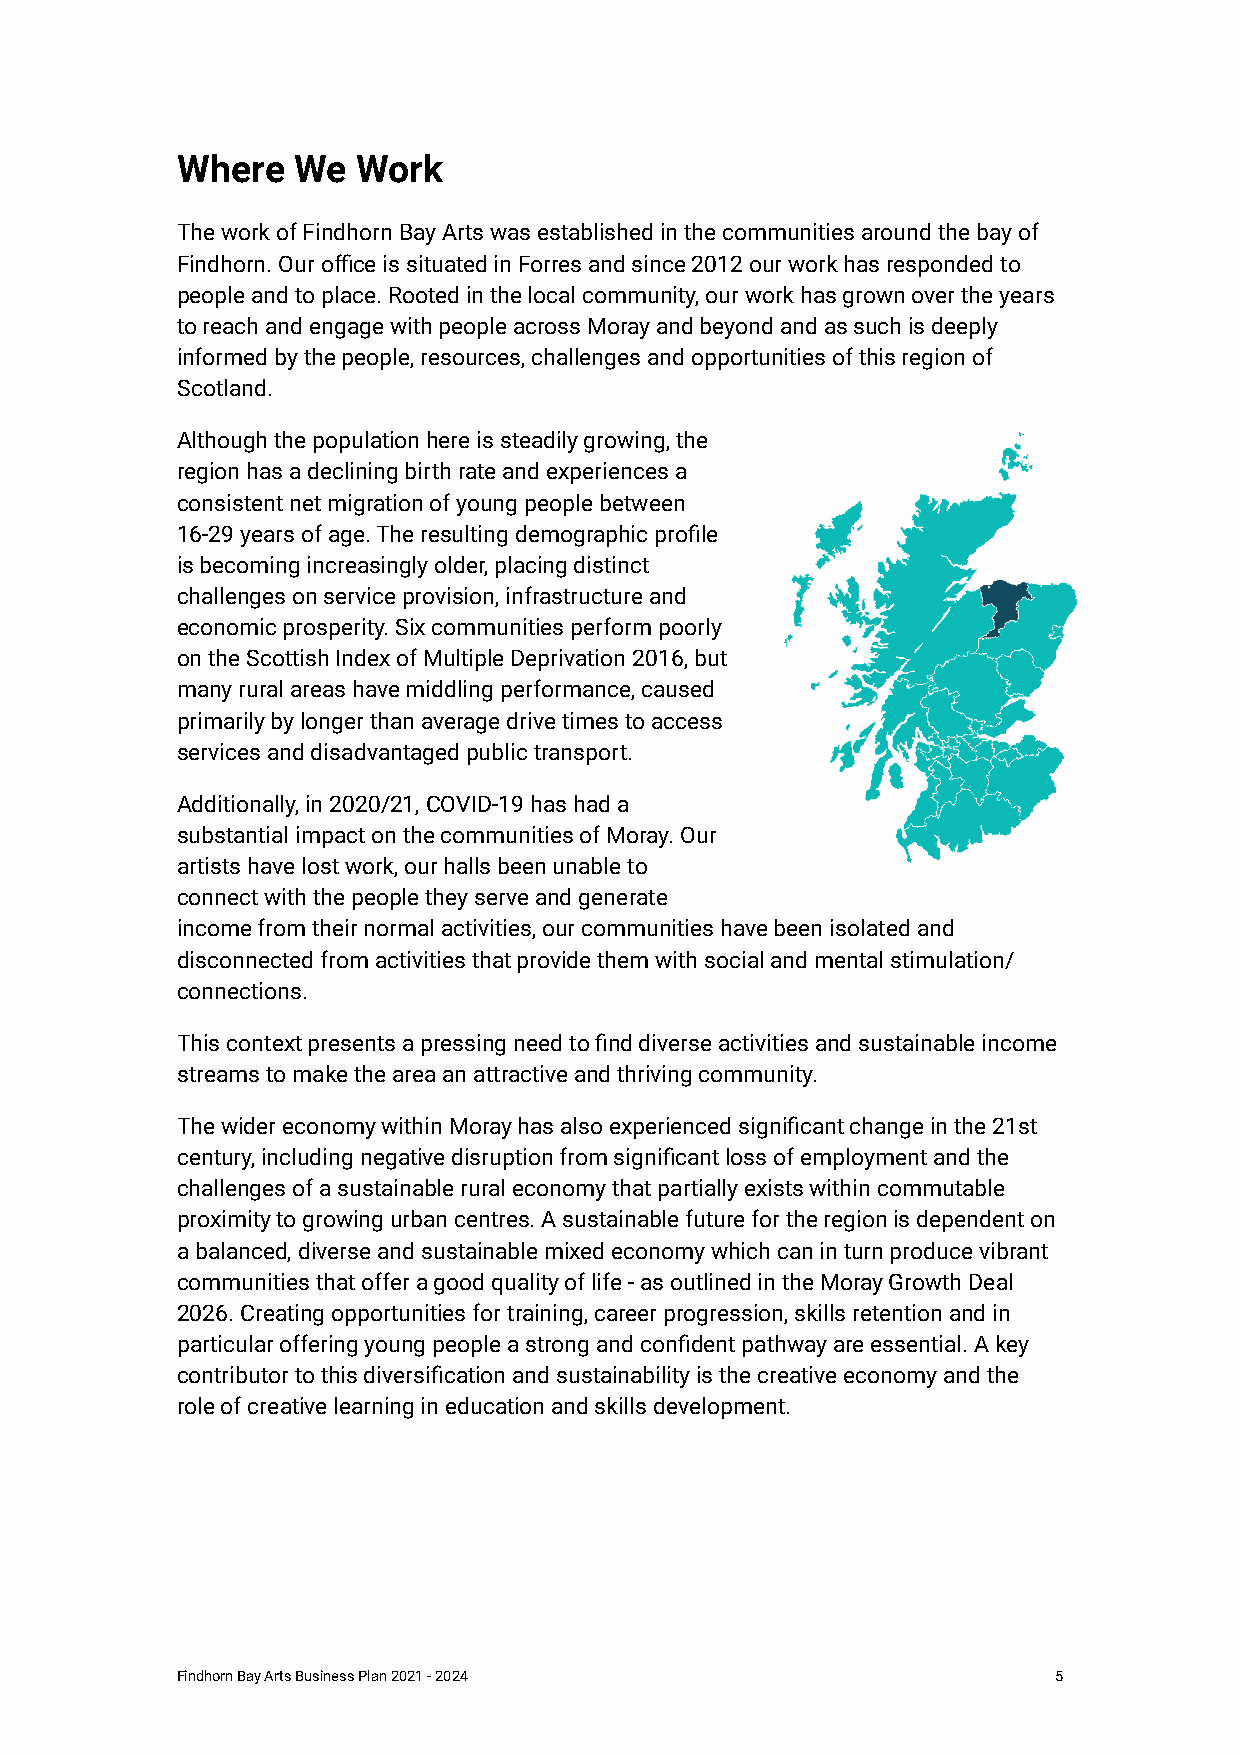
Where  We   Work
 The work of Findhorn Bay Arts was established in the communities around the bay of
 Findhorn. Our office is situated in Forres and since 2012 our work has responded to
 people and to place. Rooted in the local community, our work has grown over the years
 to reach and engage with people across Moray and beyond and as such is deeply
 informed by the people, resources, challenges and opportunities of this region of
 Scotland.
 Although the population here is steadily growing, the
 region has a declining birth rate and experiences a
 consistent net migration of young people between
 16-29 years of age. The resulting demographic profile
 is becoming increasingly older, placing distinct
 challenges on service provision, infrastructure and
 economic prosperity. Six communities perform poorly
 on the Scottish Index of Multiple Deprivation 2016, but
 many rural areas have middling performance, caused
 primarily by longer than average drive times to access
 services and disadvantaged public transport.
 Additionally, in 2020/21, COVID-19 has had a
 substantial impact on the communities of Moray. Our
 artists have lost work, our halls been unable to
 connect with the people they serve and generate
 income from their normal activities, our communities have been isolated and
 disconnected from activities that provide them with social and mental stimulation/
 connections.
 This context presents a pressing need to find diverse activities and sustainable income
 streams to make the area an attractive and thriving community.
 The wider economy within Moray has also experienced significant change in the 21st
 century, including negative disruption from significant loss of employment and the
 challenges of a sustainable rural economy that partially exists within commutable
 proximity to growing urban centres. A sustainable future for the region is dependent on
 a balanced, diverse and sustainable mixed economy which can in turn produce vibrant
 communities that offer a good quality of life - as outlined in the Moray Growth Deal
 2026. Creating opportunities for training, career progression, skills retention and in
 particular offering young people a strong and confident pathway are essential. A key
 contributor to this diversification and sustainability is the creative economy and the
 role of creative learning in education and skills development.
 Findhorn Bay Arts Business Plan 2021 - 2024               5